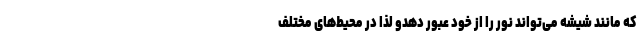
که مانند شیشه‌ می‌تواند نور را از خود عبور دهدو لذا در محیط‌های مختلف